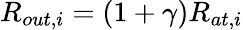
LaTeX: R_{out,i}=\left(1+\gamma\right)R_{at,i}